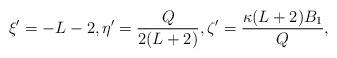
LaTeX: \begin{align*} \xi' = -L-2, \eta' = \frac{Q}{2(L+2)}, \zeta' = \frac{\kappa(L+2)B_1}{Q},\end{align*}